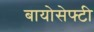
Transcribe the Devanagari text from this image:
बायोसेफ्टी